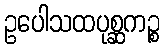
ဥပေါသထပုစ္ဆကဉ္စ